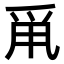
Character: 𤔆